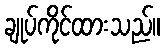
ချုပ်ကိုင်ထားသည်။